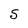
Character: S